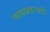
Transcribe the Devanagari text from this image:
व्याघ्रप्रकल्पही